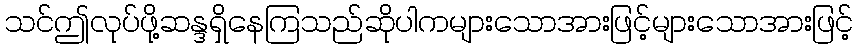
သင်ဤလုပ်ဖို့ဆန္ဒရှိနေကြသည်ဆိုပါကများသောအားဖြင့်များသောအားဖြင့်